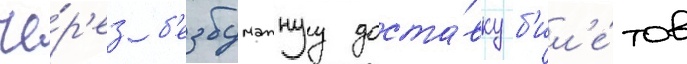
че́р'ез б'езбумажнуу доста́вку б'ил'е́тов